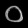
Digit: ၀